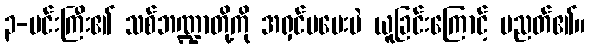
၃-မင်းကြီး၏ သစ်ဘဏ္ဍာတို့ကို အရှင်မပေးပဲ ယူခြင်းကြောင့် ပညတ်၏။